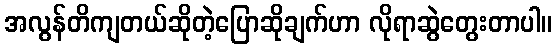
အလွန်တိကျတယ်ဆိုတဲ့ပြောဆိုချက်ဟာ လိုရာဆွဲတွေးတာပါ။